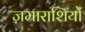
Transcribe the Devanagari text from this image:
ज़माराशियों